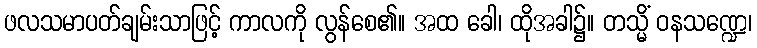
ဖလသမာပတ်ချမ်းသာဖြင့် ကာလကို လွန်စေ၏။ အထ ခေါ၊ ထိုအခါ၌။ တသ္မိံ ဝနသဏ္ဍေ၊